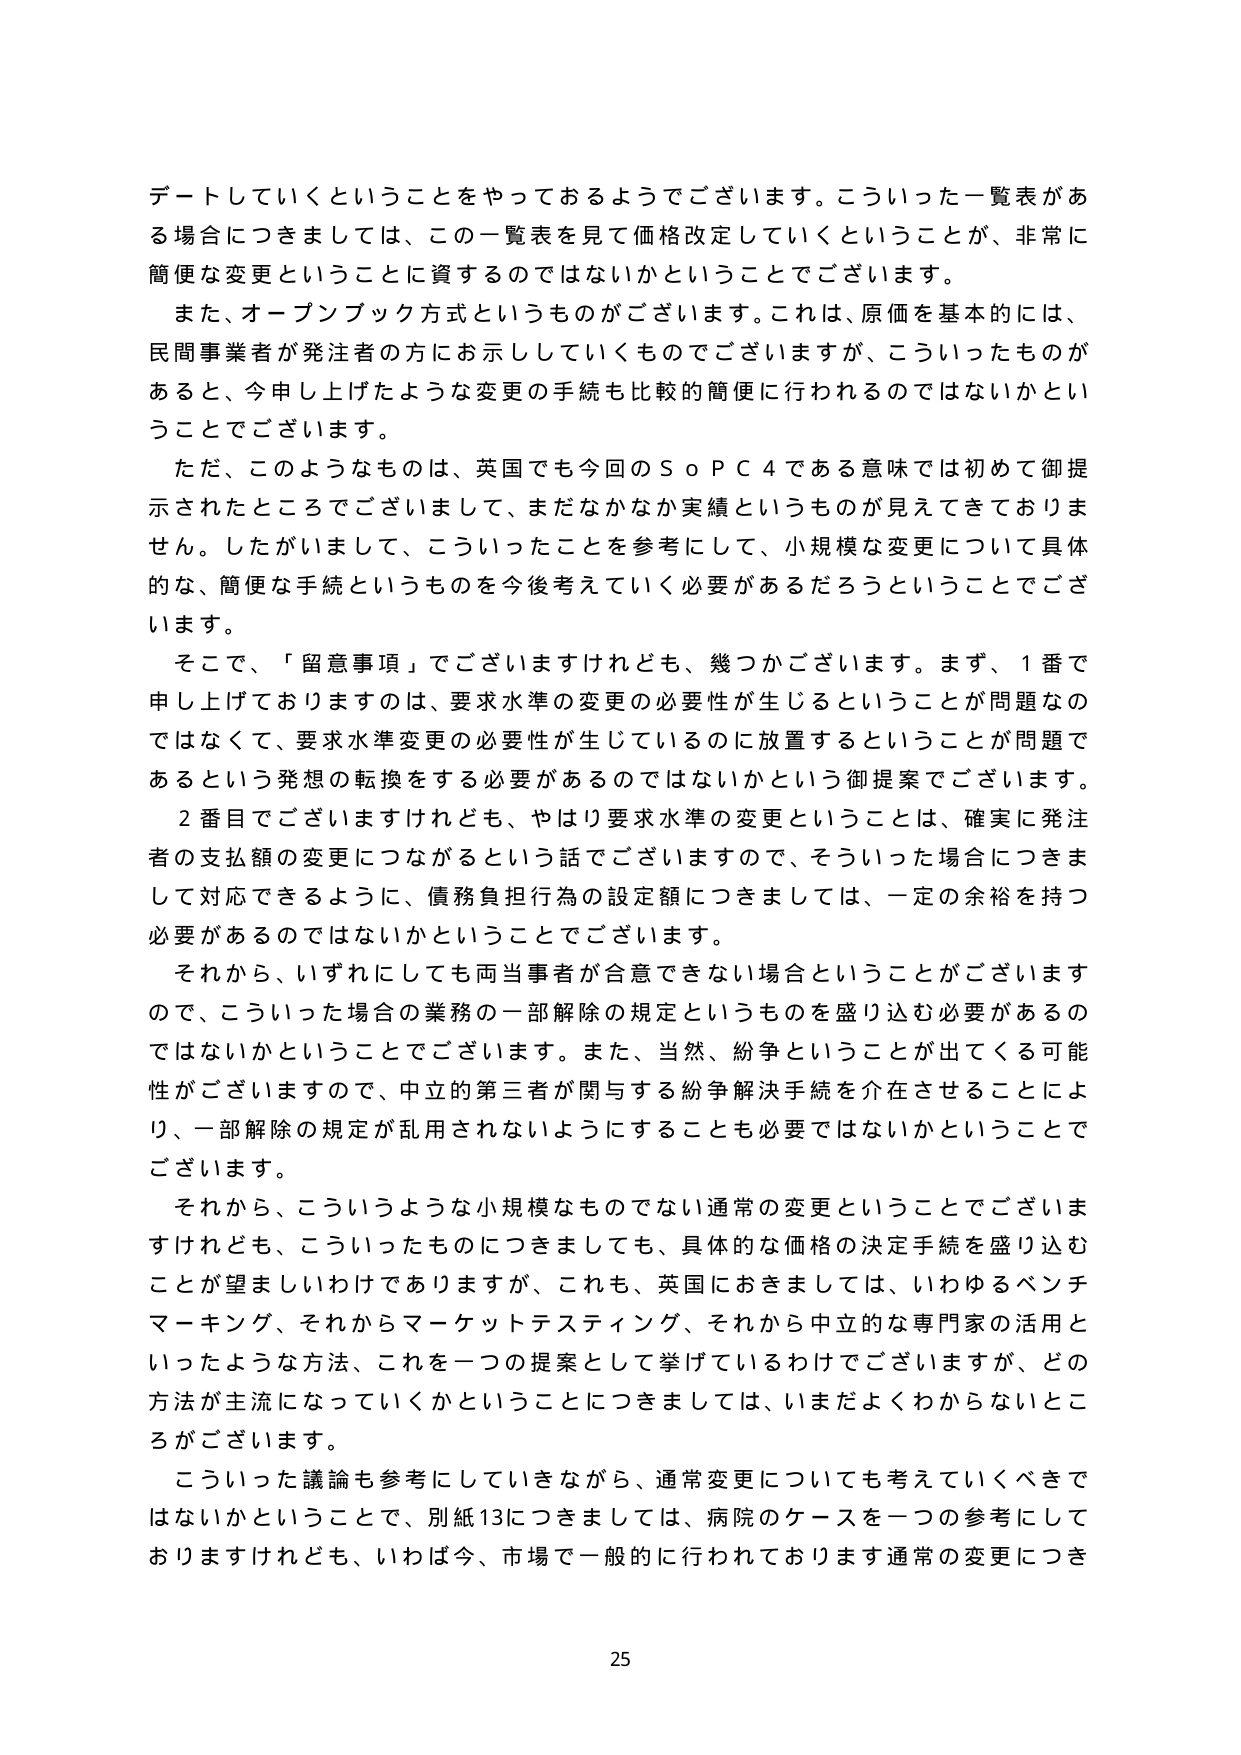
デートしていくということをやっておるようでございます。こういった一覧表がある場合につきましては、この一覧表を見て価格改定していくということが、非常に簡便な変更ということに資するのではないかということでございます。

また、オープンブック方式というものがございます。これは、原価を基本的には、民間事業者が発注者の方にお示ししていくものでございますが、こういったものがあると、今申し上げたような変更の手続も比較的簡便に行われるのではないかということでございます。

ただ、このようなものは、英国でも今回のＳｏＰＣ４である意味では初めて御提示されたところでございまして、まだなかなか実績というものが見えてきておりません。したがいまして、こういったことを参考にして、小規模な変更について具体的な、簡便な手続というものを今後考えていく必要があるだろうということでございます。

そこで、「留意事項」でございますけれども、幾つかございます。まず、１番で申し上げておりますのは、要求水準の変更の必要性が生じるということが問題なのではなくて、要求水準変更の必要性が生じているのに放置するということが問題であるという発想の転換をする必要があるのではないかという御提案でございます。

２番目でございますけれども、やはり要求水準の変更ということは、確実に発注者の支払額の変更につながるという話でございますので、そういった場合につきまして対応できるように、債務負担行為の設定額につきましては、一定の余裕を持つ必要があるのではないかということでございます。

それから、いずれにしても両当事者が合意できない場合ということがございますので、こういった場合の業務の一部解除の規定というものを盛り込む必要があるのではないかということでございます。また、当然、紛争ということが出てくる可能性がございますので、中立的第三者が関与する紛争解決手続を介在させることにより、一部解除の規定が乱用されないようにすることも必要ではないかということでございます。

それから、こういうような小規模なものでない通常の変更ということでございますけれども、こういったものにつきましても、具体的な価格の決定手続を盛り込むことが望ましいわけではありますが、これも、英国におきましては、いわゆるベンチマーキング、それからマーケットテスティング、それから中立的な専門家の活用といったような方法、これを一つの提案として挙げているわけでございますが、どの方法が主流になっていくかということにつきましては、いまだよくわからないところがございます。

こういった議論も参考にしていきながら、通常変更についても考えていくべきではないかということで、別紙13につきましては、病院のケースを一つの参考にしておりますけれども、いわば今、市場で一般的に行われております通常の変更につき

25